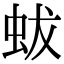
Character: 蛂